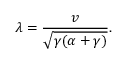
\lambda = \frac { v } { \sqrt { \gamma ( \alpha + \gamma ) } } .